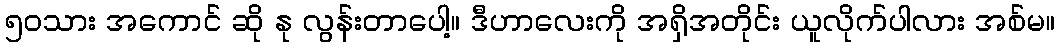
၅၀သား အကောင် ဆို နု လွန်းတာပေါ့။ ဒီဟာလေးကို အရှိအတိုင်း ယူလိုက်ပါလား အစ်မ။